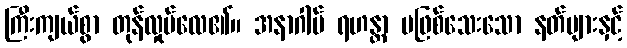
ကြီးကျယ်စွာ တုန်လှုပ်လေ၏။ အနာဂါမ် ရဟန္တာ မဖြစ်သေးသော နတ်များနှင့်